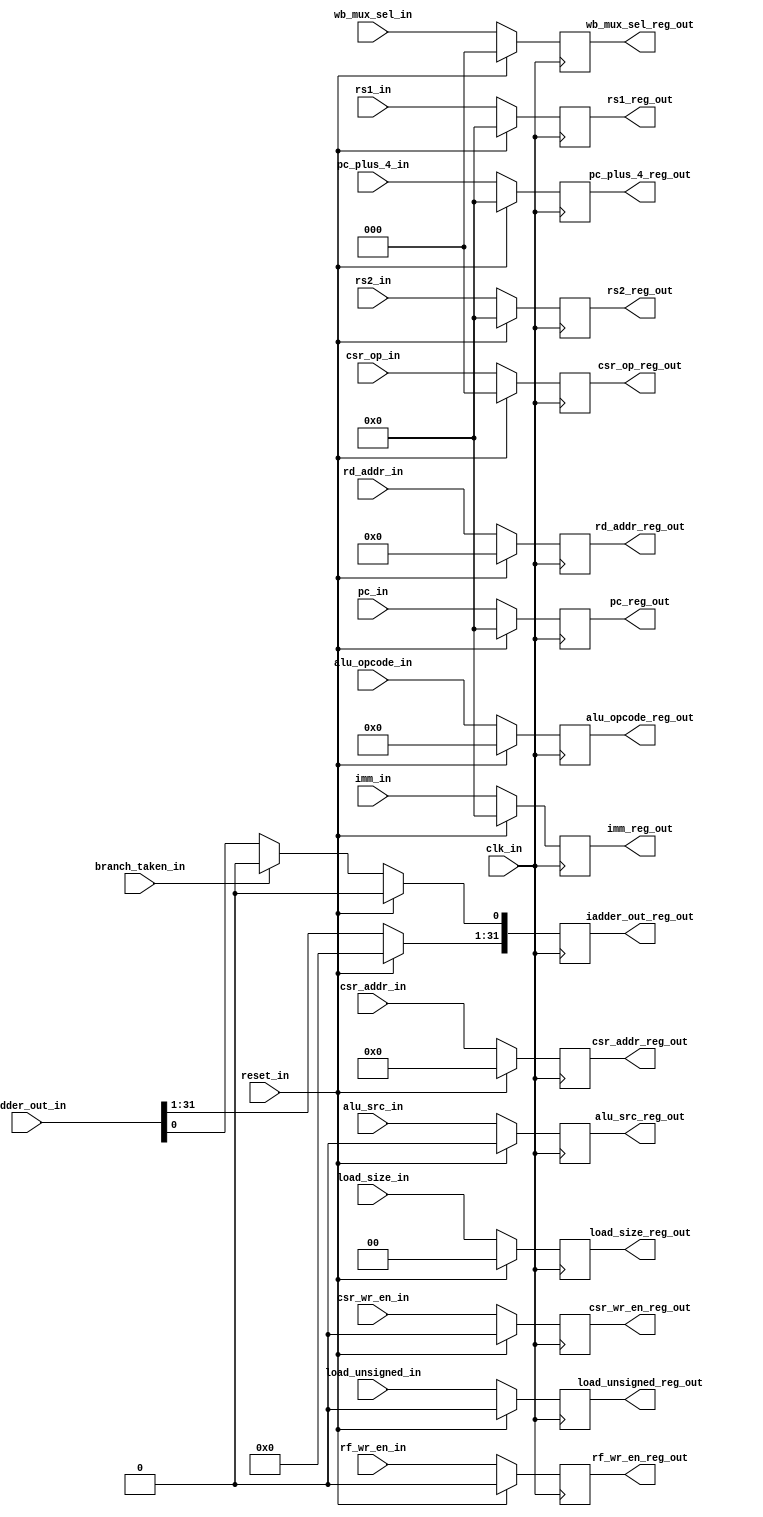
module msrv32_reg_block_2(clk_in, reset_in, branch_taken_in,
    rd_addr_in, csr_addr_in, rs1_in, rs2_in, pc_in, pc_plus_4_in,
    alu_opcode_in, load_size_in, load_unsigned_in, alu_src_in, csr_wr_en_in,
    rf_wr_en_in, wb_mux_sel_in, csr_op_in, imm_in, iadder_out_in,
    
    rd_addr_reg_out, csr_addr_reg_out, rs1_reg_out, rs2_reg_out, pc_reg_out, pc_plus_4_reg_out,
    alu_opcode_reg_out, load_size_reg_out, load_unsigned_reg_out, alu_src_reg_out, csr_wr_en_reg_out,
    rf_wr_en_reg_out, wb_mux_sel_reg_out, csr_op_reg_out, imm_reg_out, iadder_out_reg_out);

    parameter WIDTH = 32;

    //input
    input clk_in, reset_in, branch_taken_in, load_unsigned_in, alu_src_in, csr_wr_en_in, rf_wr_en_in;
    input [1:0] load_size_in;
    input [2:0] wb_mux_sel_in, csr_op_in;
    input [3:0] alu_opcode_in;
    input [4:0]rd_addr_in;
    input [11:0] csr_addr_in;
    input [WIDTH-1:0] rs1_in, rs2_in, pc_in, pc_plus_4_in, iadder_out_in, imm_in;


    //output
    output reg load_unsigned_reg_out, alu_src_reg_out, csr_wr_en_reg_out, rf_wr_en_reg_out;  //branch_taken_in output equivalent signal ???
    output reg [1:0] load_size_reg_out;
    output reg [2:0] wb_mux_sel_reg_out, csr_op_reg_out;
    output reg [3:0] alu_opcode_reg_out;
    output reg [4:0] rd_addr_reg_out;
    output reg [11:0] csr_addr_reg_out;
    output reg [WIDTH-1:0] rs1_reg_out, rs2_reg_out, pc_reg_out, pc_plus_4_reg_out, iadder_out_reg_out, imm_reg_out;

    always @(posedge clk_in) begin
        
        if(reset_in) begin

            load_unsigned_reg_out = 1'b0;
            alu_src_reg_out = 1'b0;
            csr_wr_en_reg_out = 1'b0;
            rf_wr_en_reg_out = 1'b0;

            load_size_reg_out = 2'b00;

            wb_mux_sel_reg_out = 3'b000;
            csr_op_reg_out = 3'b000;

            alu_opcode_reg_out = 4'b0000;

            rd_addr_reg_out = 5'b0_0000;

            csr_addr_reg_out = 12'b0000_0000_0000;

            rs1_reg_out = 32'd0;
            rs2_reg_out = 32'd0;
            pc_reg_out = 32'd0;
            pc_plus_4_reg_out = 32'd0;
            iadder_out_reg_out = 32'd0;
            imm_reg_out = 32'd0;
            
        end

        else begin

            load_unsigned_reg_out = load_unsigned_in;
            alu_src_reg_out = alu_src_in;
            csr_wr_en_reg_out = csr_wr_en_in;
            rf_wr_en_reg_out = rf_wr_en_in;

            load_size_reg_out = load_size_in;

            wb_mux_sel_reg_out = wb_mux_sel_in;
            csr_op_reg_out = csr_op_in;

            alu_opcode_reg_out = alu_opcode_in;

            rd_addr_reg_out = rd_addr_in;

            csr_addr_reg_out = csr_addr_in;

            rs1_reg_out = rs1_in;
            rs2_reg_out = rs2_in;
            pc_reg_out = pc_in;
            pc_plus_4_reg_out = pc_plus_4_in;
            
            imm_reg_out = imm_in;
            
            iadder_out_reg_out[WIDTH-1:1] = iadder_out_in[WIDTH-1:1];
            iadder_out_reg_out[0] = (branch_taken_in) ? 1'b0 : iadder_out_in[0];
            
            
        end

    end

endmodule